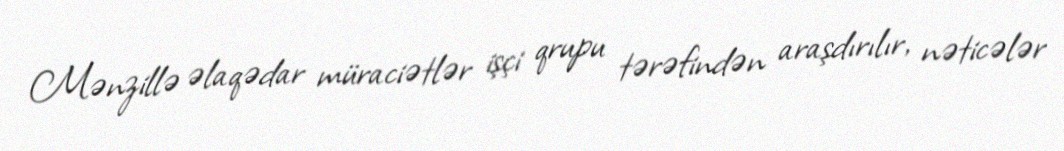
Mənzillə əlaqədar müraciətlər işçi qrupu tərəfindən araşdırılır, nəticələr